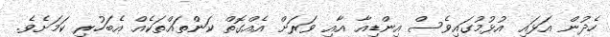
ހެދުން އަޅައި އުޅުމުގައިވެސް އިންޑިއާ އާއި ވަރަށް އެއްގޮތް ކަންތައްތަކެއް އެބަހުރި ކަމަށެވެ.